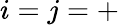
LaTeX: i=j=+